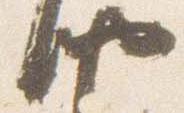
納